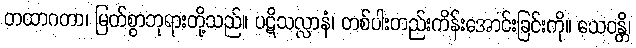
တထာဂတာ၊ မြတ်စွာဘုရားတို့သည်။ ပဋိသလ္လာနံ၊ တစ်ပါးတည်းကိန်းအောင်းခြင်းကို။ သေဝန္တိ၊